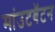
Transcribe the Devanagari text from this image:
मांउटबॅटन